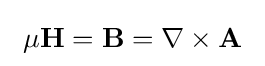
\ \mu \mathbf {H} =\mathbf {B} =\nabla \times \mathbf {A} \